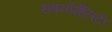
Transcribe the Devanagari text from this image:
सबनॉर्मेलिटी